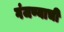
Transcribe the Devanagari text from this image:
गंजण्याची